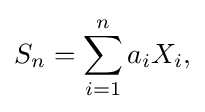
S_{n}=\sum _{i=1}^{n}a_{i}X_{i},\,\!